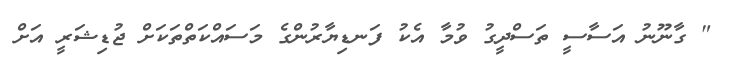
" ގާނޫނު އަސާސީ ތަސްދީގު ވުމާ އެކު ފަނޑިޔާރުންގެ މަސައްކަތްތަކަށް ޖުޑިޝަރީ އަށް